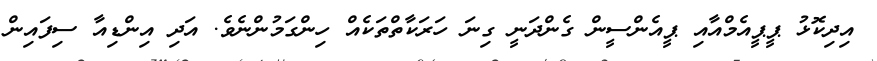
އިދިކޮޅު ޕީޕީއެމްއާއި ޕީއެންސީން ގެންދަނީ ގިނަ ހަރަކާތްތަކެއް ހިންގަމުންނެވެ. އަދި އިންޑިއާ ސިފައިން